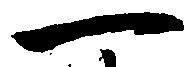
一